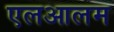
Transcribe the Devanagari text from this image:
एलआलम